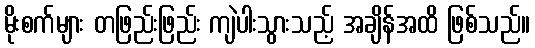
မိုးစက်များ တဖြည်းဖြည်း ကျဲပါးသွားသည့် အချိန်အထိ ဖြစ်သည်။